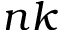
n k